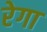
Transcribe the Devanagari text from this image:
रेगा